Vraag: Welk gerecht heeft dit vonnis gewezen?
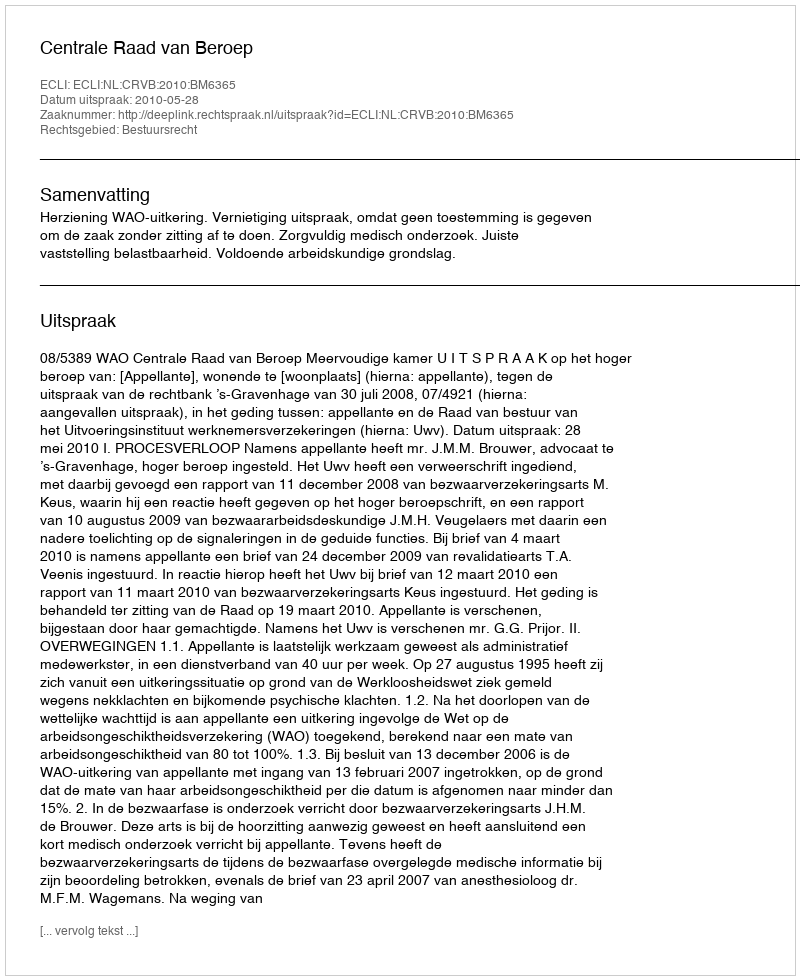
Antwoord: Centrale Raad van Beroep